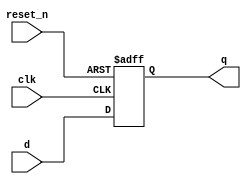
`timescale 1ns / 1ps
//D flipflop has asyncronous active low reset.
module D_FF(d, reset_n, clk, q);
    input d, clk;
    input reset_n;  // reset_n is a active low input signal _n signifies active low signal.
    output reg q;
    
    always @(posedge clk, negedge reset_n)    // if reset_n is not mentioned in the events list in always the resulting ff will be Synchronous to clk.
    begin
        if(reset_n == 1'b0)
            q <= 1'b0;
        else
            q <= d;
    end
endmodule